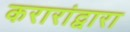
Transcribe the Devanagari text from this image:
करारांद्वारा